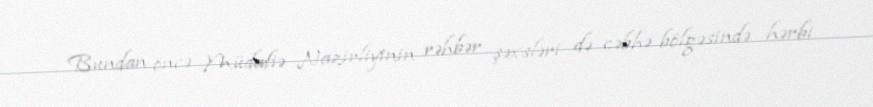
Bundan öncə Müdafiə Nazirliyinin rəhbər şəxsləri də cəbhə bölgəsində hərbi